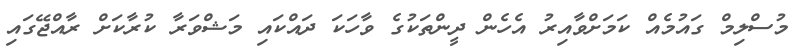
މުސްލިމް ގައުމެއް ކަމަށްވާއިރު އެހެން ދީންތަކުގެ ވާހަކަ ދައްކައި މަޝްވަރާ ކުރާކަށް ރާއްޖޭގައި